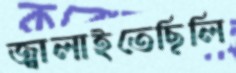
জ্বালাইতেছিলি